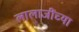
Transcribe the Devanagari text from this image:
लालाजींच्या